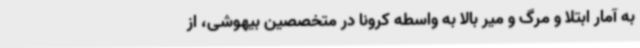
به آمار ابتلا و مرگ و میر بالا به واسطه کرونا در متخصصین بیهوشی، از